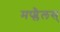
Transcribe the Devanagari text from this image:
मप्प्लैलस्